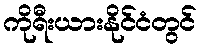
ကိုရီးယားနိုင်ငံတွင်